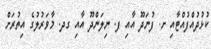
ކުޅުދުއްފުއްޓާއި ށ. ފުނަދޫ އާއި ފ. ނިލަންދޫ އާއި ގދ. މާވަރުލުގެ އިތުރަށް